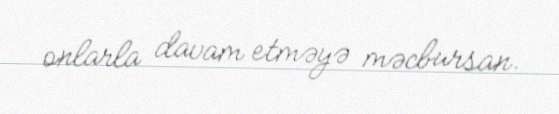
onlarla davam etməyə məcbursan.